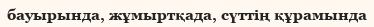
бауырында, жұмыртқада, сүттің құрамында